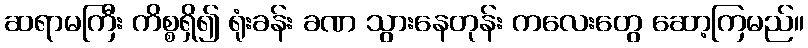
ဆရာမကြီး ကိစ္စရှိ၍ ရုံးခန်း ခဏ သွားနေတုန်း ကလေးတွေ ဆော့ကြမည်။